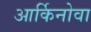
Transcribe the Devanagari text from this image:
आर्किनोवा